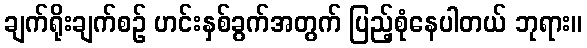
ချက်ရိုးချက်စဉ် ဟင်းနှစ်ခွက်အတွက် ပြည့်စုံနေပါတယ် ဘုရား။